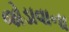
જોડાવાના